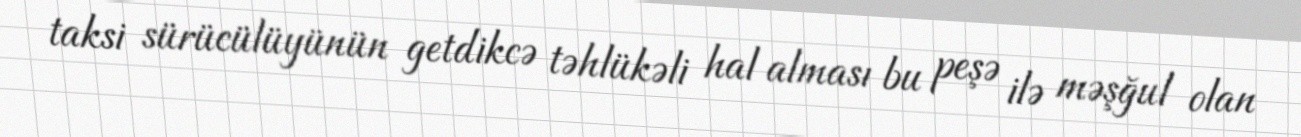
taksi sürücülüyünün getdikcə təhlükəli hal alması bu peşə ilə məşğul olan